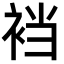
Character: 裆